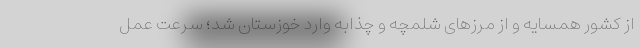
از کشور همسایه و از مرزهای شلمچه و چذابه وارد خوزستان شد؛ سرعت عمل